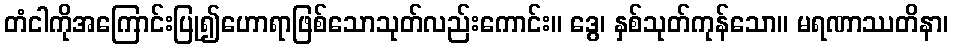
တံငါကိုအကြောင်းပြု၍ဟောရာဖြစ်သောသုတ်လည်းကောင်း။ ဒွေ၊ နှစ်သုတ်ကုန်သော။ မရဏာဿတိနာ၊